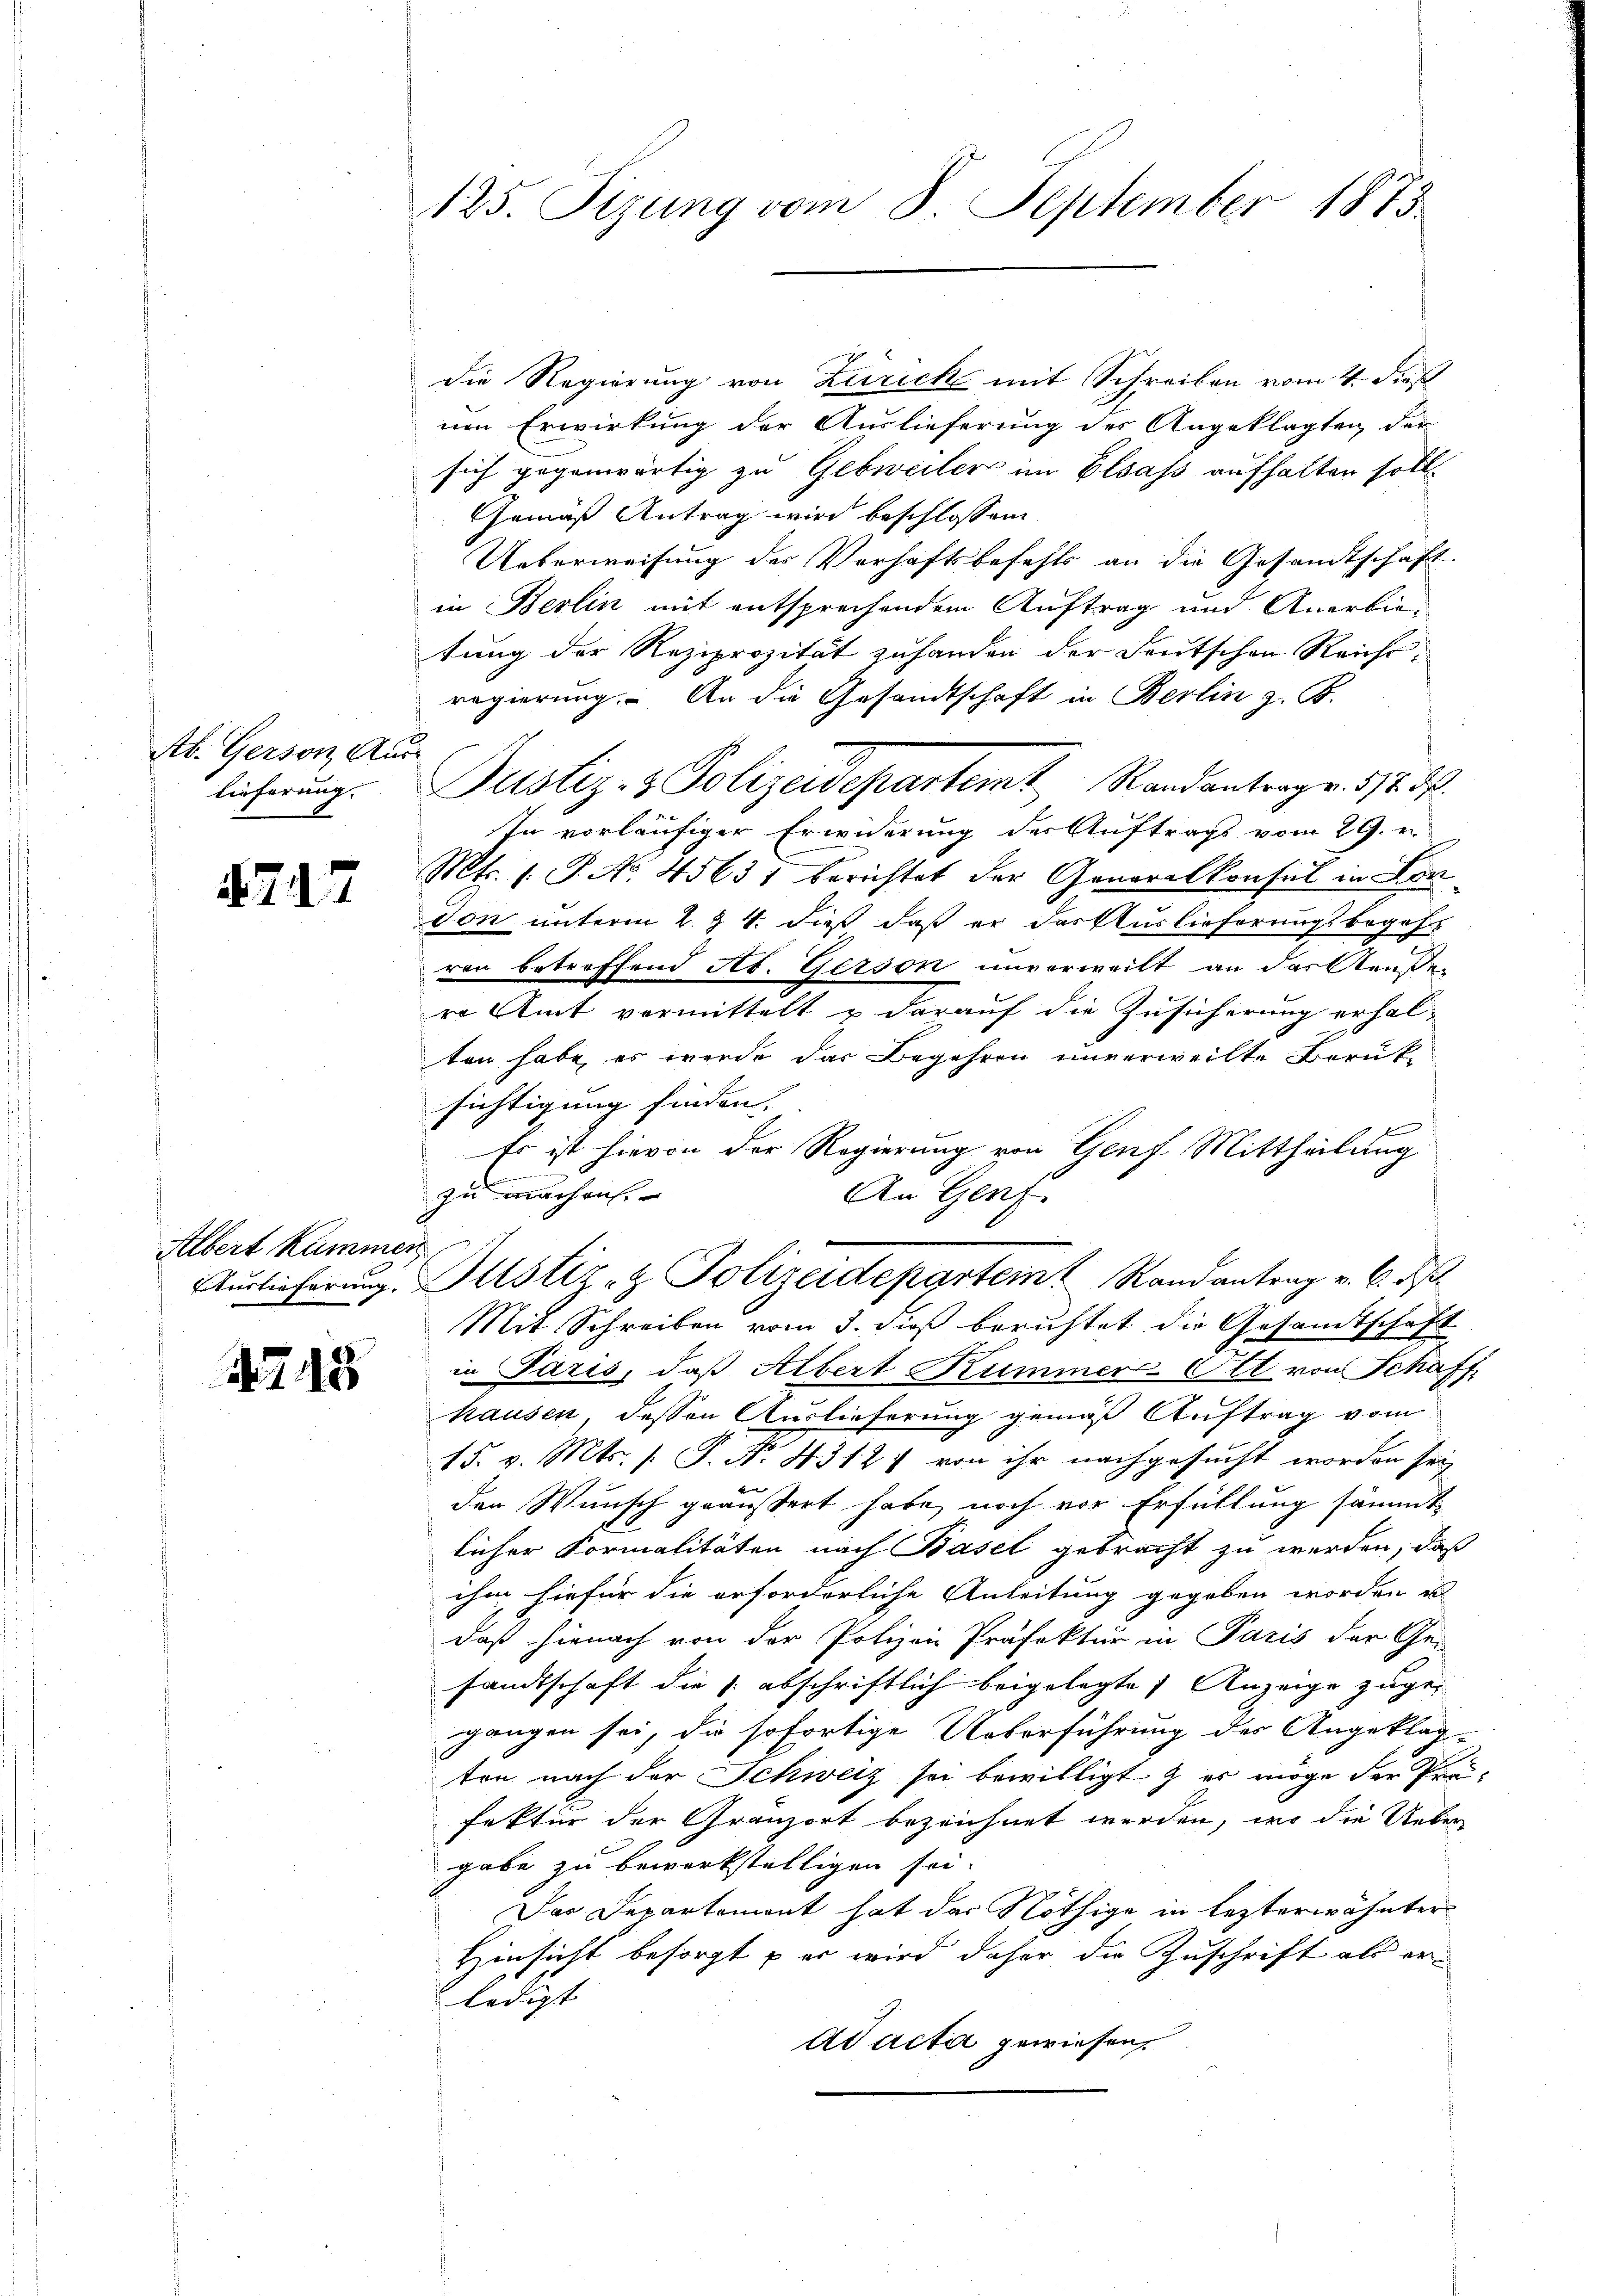
Ab. Gerson Aus
lieferung.

417

Albert Kummen

1715

125. Sizung vom 8. September 1875.

die Regierung von Zürich mit Schreiben vom 4. dieß
um Erwirkung der Auslieferung des Angeklagten, der
sich gegenwärtig zu Gebreiters im Elsass aufhalten soll.
Gemäß Antrag wird beschlossen:
Ueberweisung der Verhaftsbefehls an die Gesandtschaft
in Berlin mit entsprechendem Auftrag und Anerbietung der Reziprozität zu handen der Deutschen Reicht
regierung. An die Gesandtschaft in Berlin z. B.
Justiz- & Polizeidepartemt Randantrag. 572. 3.
In vorläufiger Erwiderung des Auftrags vom 29. v.
Mts. 1. P. No. 45631 berichtet der Generalkonsul in London unterm 2. 24. dieß daß er das Auslieferungsbegehr
ren betreffend As. Gerson unverweilt an das Aeußen
ro Amt vormittelt & darauf die Zusicherung erhal-
ten habe, es werde das Begehren unverweilte Berük-
sichtigung finden.
Es ist hievon der Regierung von Genf Mittheilung
zu machen. |
An Genf.
Auslieferung. Justiz- & Polizeideparteint Randantrag v. 6. d
Mit Schreiben vom 3. dieß berichtet die Gesandtschaft
in Paris, daß Albert Kummer-Ott von Schaff
hausen, dessen Auslieferung gemäß Auftrag vom
15. v. Mts. s. P. Nr. 4312) von ihr nachgesucht worden sei
den Wunsch geäußert habe, noch vor Erfüllung sämmtlicher Formalitäten nach Basel gebracht zu werden, daß
ihm hiefür die erforderliche Anleitung gegeben worden u
daß hienach von der Polizei Präfektur in Paris der Gei
sandtschaft die s. abschriftlich beigelegte Anzeige zugegangen sei, die sofortige Ueberführung der Angeklagten nach der Schweiz sei bewilligt & es möge der Präfektur der Gränzort bezeichnet werden, wo die Ueber
gabe zu bewerkstelligen sei.
Das Departement hat das Nöthige in lezterwähnter
Hinsicht besorgt – er wird daher die Zuschrift als er
ledigt
Ad acta gewiesen.